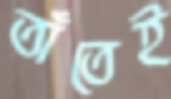
তাঁতেই